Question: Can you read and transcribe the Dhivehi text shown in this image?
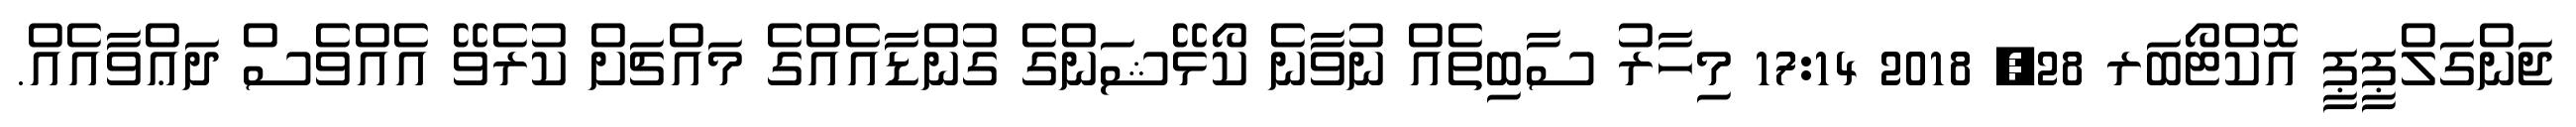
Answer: ޖަންގަލްޕީޕީ އޮކްޓޯބަރ 28, 2018 17:14 މިހާރު ސާބިތެއް ނުވާނެ ކޯޅޭޝަންގެ ގުންޑާއެއްގެ މައްޗަށް ކުރެވޭ އެއްވެސް ދަޢްވާއެއް.